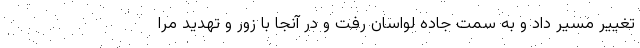
تغییر مسیر داد و به سمت جاده لواسان رفت و در آنجا با زور و تهدید مرا